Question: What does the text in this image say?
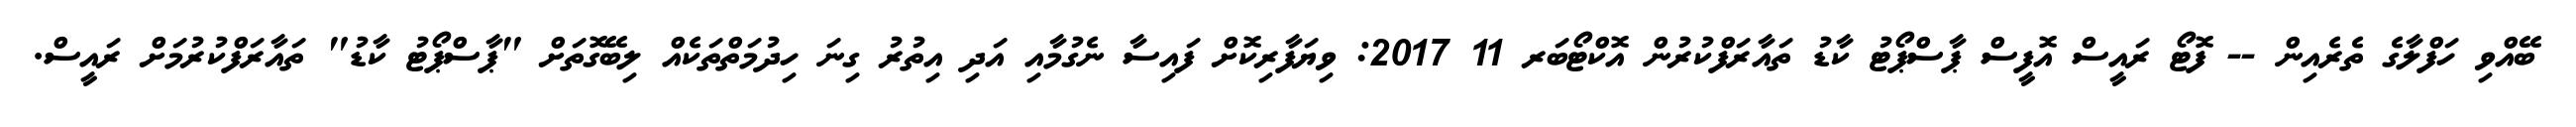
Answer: ބޭއްވި ހަފްލާގެ ތެރެއިން -- ފޮޓޯ ރައީސް އޮފީސް ޕާސްޕޯޓު ކާޑު ތައާރަފްކުރުން އޮކްޓޯބަރ 11 2017: ވިޔަފާރިކޮށް ފައިސާ ނެގުމާއި އަދި އިތުރު ގިނަ ހިދުމަތްތަކެއް ލިބޭގޮތަށް "ޕާސްޕޯޓު ކާޑު" ތައާރަފްކުރުމަށް ރައީސް.